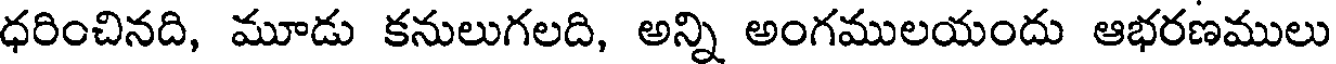
ధరించినది, మూడు కనులుగలది, అన్ని అంగములయందు ఆభరణములు